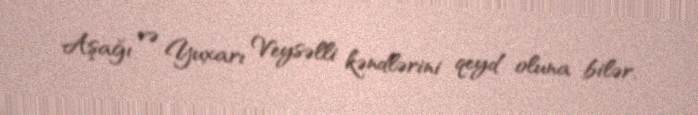
Aşağı və Yuxarı Veysəlli kəndlərini qeyd oluna bilər.